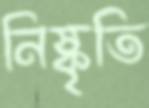
নিষ্কৃতি